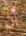
أن